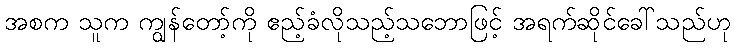
အစက သူက ကျွန်တော့်ကို ဧည့်ခံလိုသည့်သဘောဖြင့် အရက်ဆိုင်ခေါ်သည်ဟု